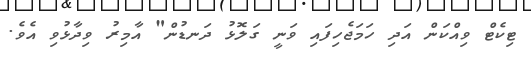
ޓިކެޓް ވިއްކަން އަދި ހަމަޖެހިފައި ވަނީ ގަލޮޅު ދަނޑުން" އާމިރު ވިދާޅުވި އެވެ.